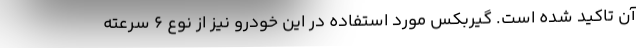
آن تاکید شده است. گیربکس مورد استفاده در این خودرو نیز از نوع 6 سرعته